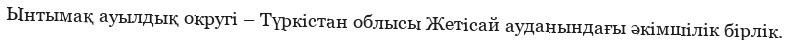
Ынтымақ ауылдық округі – Түркістан облысы Жетісай ауданындағы әкімшілік бірлік.